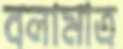
বলামাত্র